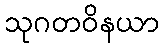
သုဂတဝိနယာ